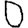
Digit: 0